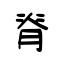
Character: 脊